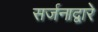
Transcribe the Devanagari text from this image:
सर्जनाद्वारे